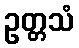
ဥတ္တသံ